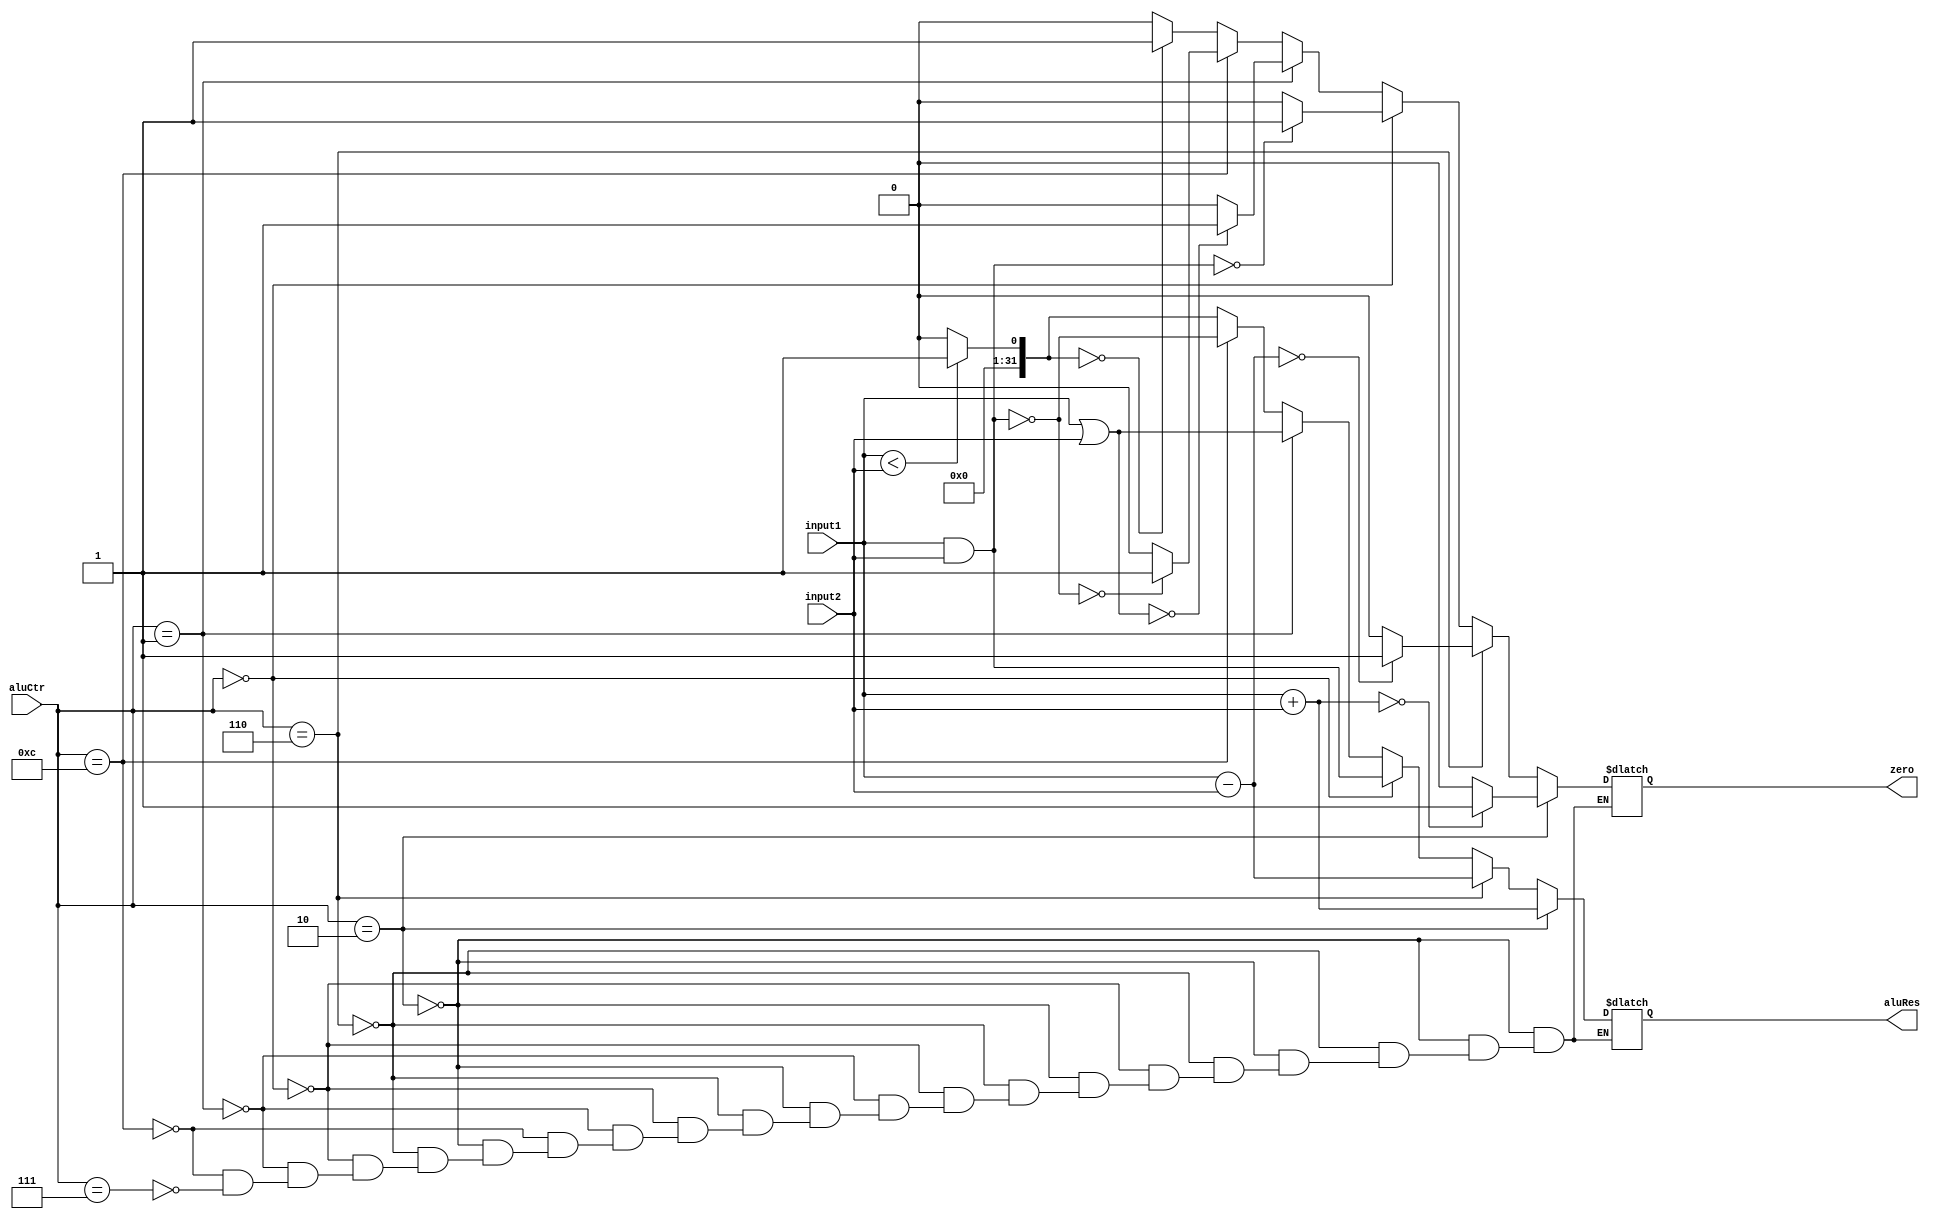
`timescale 1ns / 1ps
//////////////////////////////////////////////////////////////////////////////////
// Company: 
// Engineer: 
// 
// Design Name: 
// Module Name:    alu 
// Project Name: 
// Target Devices: 
// Tool versions: 
// Description: 
//
// Dependencies: 
//
// Revision: 
// Revision 0.01 - File Created
// Additional Comments: 
//
//////////////////////////////////////////////////////////////////////////////////
module alu(input1,input2, aluCtr,zero,aluRes);
    input [31:0] input1;
    input [31:0] input2;
    input [3:0] aluCtr;
    output zero;
    output [31:0] aluRes;
    reg zero;
    reg [31:0] aluRes;

    always @ (input1 or input2 or aluCtr)
	 begin
	     if (aluCtr == 4'b0010)//add
		  begin
     		  aluRes = input1+input2;
			  if (aluRes==0)
				    zero =1;
				else 
				    zero=0;
		 end
		  else if(aluCtr == 4'b0110)//sub
		  begin
		      aluRes = input1 -input2;
				if (aluRes==0)
				    zero =1;
				else 
				    zero=0;
		  end
		  else if (aluCtr==4'b0000)//AND
		  begin
		       aluRes=input1&input2;
				 if (aluRes==0)
				    zero =1;
				else 
				    zero=0;
		  end
		  else if (aluCtr==4'b0001)//OR
		  begin
      		  aluRes=input1|input2;
				  if (aluRes==0)
				    zero =1;
				  else 
				    zero=0;
			end
		  else if (aluCtr==4'b1100)//NOR
		  begin
      		  aluRes=~(input1&input2);
				  if (aluRes==0)
				    zero =1;
				else 
				    zero=0;
		 end
		  else if (aluCtr==4'b0111)//set on less than
		       begin
				   if (input1<input2)
					      aluRes=1;
					else aluRes=0;
					if (aluRes==0)
				    zero =1;
				else 
				    zero=0;
				 end
		end
endmodule